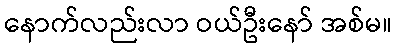
နောက်လည်းလာ ဝယ်ဦးနော် အစ်မ။